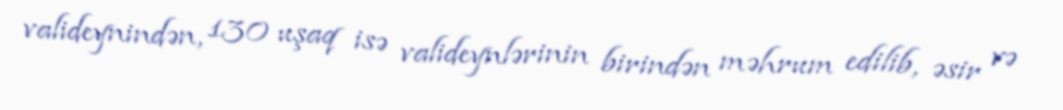
valideynindən, 130 uşaq isə valideynlərinin birindən məhrum edilib, əsir və